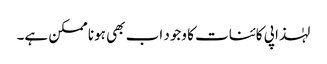
لہٰذا پی کائنات کا وجود اب بھی ہونا ممکن ہے۔